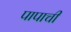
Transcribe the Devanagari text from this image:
पापाची